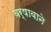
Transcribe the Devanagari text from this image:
वर्षावाने